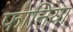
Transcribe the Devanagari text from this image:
फानिया